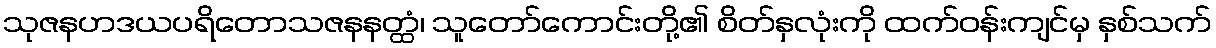
သုဇနဟဒယပရိတောသဇနနတ္ထံ၊ သူတော်ကောင်းတို့၏ စိတ်နှလုံးကို ထက်ဝန်းကျင်မှ နှစ်သက်